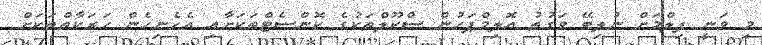
މި ވަނީ ފިލްމަށް ނުލިބޭ ވަގުތު އޮލިމްޕަހުން ސްކޫލްތަކުގެ ކޮންސެޓްތަކަށާއި އެހެނިހެން ހަރަކާތްތަކަށް